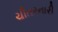
ચીતરનારી